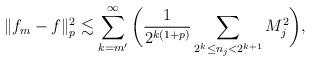
LaTeX: \begin{align*} \|f_m-f\|_p^2 \lesssim\sum_{k=m'}^{\infty}\bigg(\frac{1}{2^{k(1+p)}}\sum_{2^k\leq n_j<2^{k+1}} M_j^2\bigg),\end{align*}